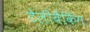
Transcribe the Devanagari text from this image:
टेलीबैंकिंग